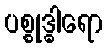
ပစ္စုဒ္ဓါရော